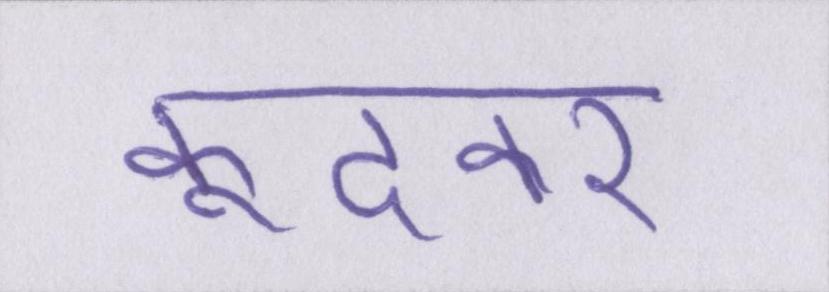
कूदकर